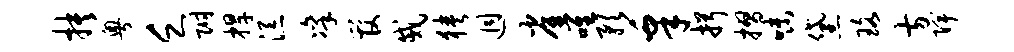
抉粤乏附捍添凛管戚狭迥雀唯预皋揖摺味黛珞方陴